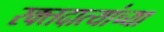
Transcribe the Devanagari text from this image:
रक्तदात्यांच्या